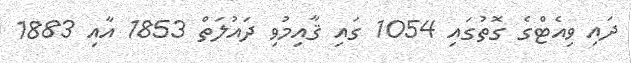
ދައި ވިއެޓްގެ ގޮތުގައި 1054 ގައި ޤާާއިމުވި ދައުލަތް 1853 އާއި 1883